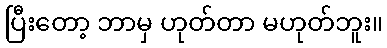
ပြီးတော့ ဘာမှ ဟုတ်တာ မဟုတ်ဘူး။